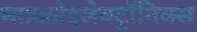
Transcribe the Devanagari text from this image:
माइक्रोइलेक्ट्रॉनिक्स